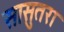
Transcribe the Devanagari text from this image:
सासुतरा